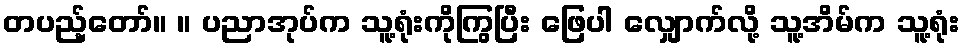
တပည့်တော်။ ။ ပညာအုပ်က သူ့ရုံးကိုကြွပြီး ဖြေပါ လျှောက်လို့ သူ့အိမ်က သူ့ရုံး